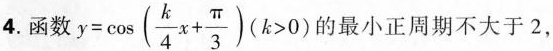
4.函数$$y= \cos(\frac{k}{4}x+\frac{\pi}{3})(k>0)$$的最小正周期不大于2，